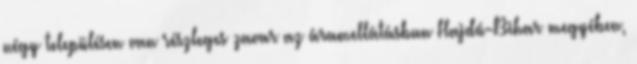
négy településen van részleges zavar az áramellátásban Hajdú-Bihar megyében,